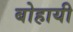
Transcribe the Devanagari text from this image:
बोहायी